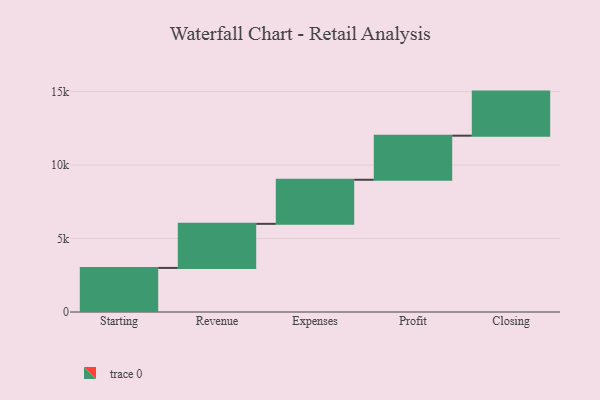
{"axis": {"x": "Step", "y": "Value"}, "legend": [""], "data": [{"x": "Starting", "y": 3000, "type": ""}, {"x": "Revenue", "y": 3000, "type": ""}, {"x": "Expenses", "y": 3000, "type": ""}, {"x": "Profit", "y": 3000, "type": ""}, {"x": "Closing", "y": 3000, "type": ""}]}